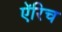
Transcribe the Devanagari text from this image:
ऍरिच